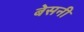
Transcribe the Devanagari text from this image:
बेसनी